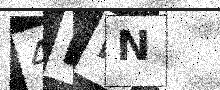
Text: 4BMN